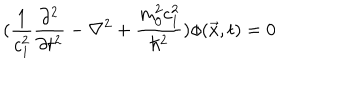
( \frac { 1 } { c _ { 1 } ^ { 2 } } \frac { \partial ^ { 2 } } { \partial t ^ { 2 } } - \nabla ^ { 2 } + \frac { m _ { 0 } ^ { 2 } c _ { 1 } ^ { 2 } } { \hbar ^ { 2 } } ) \phi ( \vec { x } , t ) = 0